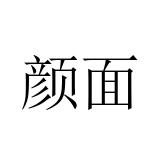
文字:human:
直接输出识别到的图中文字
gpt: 颜面